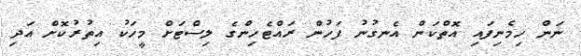
ނަން ހިމެނިފައި އޮތްކަން އެނގުނު ފަހުން ރައްޓެހިންގެ ލިސްޓަށް މީހަކު އިތުރުކޮށް އަދި